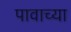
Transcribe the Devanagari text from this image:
पावाच्या